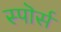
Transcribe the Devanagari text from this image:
स्पॊर्स